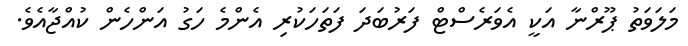
މަލަވަތު ޕޫރްނާ އަކީ އެވަރެސްޓް ފަރުބަދަ ފަތަހަކުރި އެންމެ ހަގު އަންހެން ކުއްޖާއެވެ.